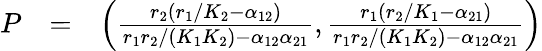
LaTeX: \begin{array}{rlr}{P}&{=}&{\left(\frac{r_{2}(r_{1}/K_{2}-\alpha_{12})}{r_{1}r_{2}/(K_{1}K_{2})-\alpha_{12}\alpha_{21}},\frac{r_{1}(r_{2}/K_{1}-\alpha_{21})}{r_{1}r_{2}/(K_{1}K_{2})-\alpha_{12}\alpha_{21}}\right)}\end{array}